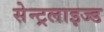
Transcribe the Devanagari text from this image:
सेन्ट्रलाइज्ड